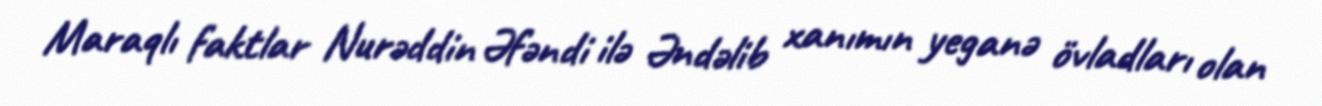
Maraqlı faktlar Nurəddin Əfəndi ilə Əndəlib xanımın yeganə övladları olan